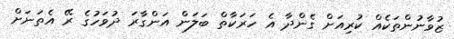
ޒުވާނުންތަކެއް ކުރިއަށް ގެންދާ އެ ހަރަކާތް ބަލަން އަންގާރަ ދުވަހުގެ ރޭ އެތަނަށް